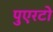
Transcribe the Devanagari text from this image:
पुएरटो